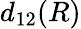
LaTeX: d_{12}(R)